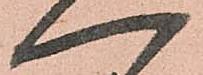
へ